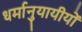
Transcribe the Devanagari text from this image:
धर्मानुयायीयों